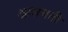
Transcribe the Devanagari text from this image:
अगरबती